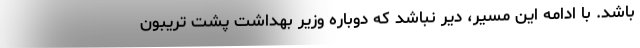
باشد. با ادامه این مسیر، دیر نباشد که دوباره وزیر بهداشت پشت تریبون